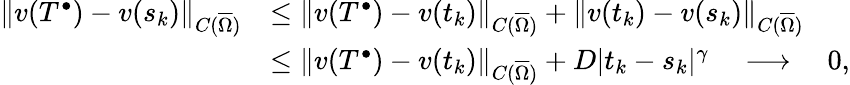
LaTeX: \begin{array}{rl}{\lVert v(T^{\bullet})-v(s_{k})\rVert_{C(\overline{\Omega})}}&{\leq\lVert v(T^{\bullet})-v(t_{k})\rVert_{C(\overline{\Omega})}+\lVert v(t_{k})-v(s_{k})\rVert_{C(\overline{\Omega})}}\\ &{\leq\lVert v(T^{\bullet})-v(t_{k})\rVert_{C(\overline{\Omega})}+D\lvert t_{k}-s_{k}\rvert^{\gamma}\quad\longrightarrow\quad 0,}\end{array}